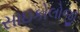
સાઇકોલોજી